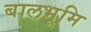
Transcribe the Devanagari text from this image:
बालभूमि